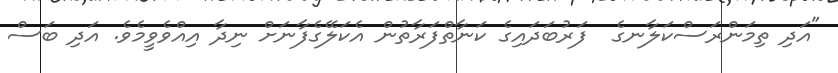
"އަދި ތިމަންރަސްކަލާނގެ  ފަރުބަދައިގެ ކަނާތްފަރާތުން އެކަލޭގެފާނަށް ނިދާ އިއްވެވީމެވެ. އަދި ބަސް